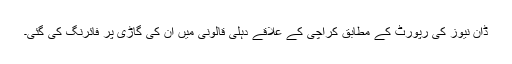
ڈان نیوز کی رپورٹ کے مطابق کراچی کے علاقے دہلی قالونی میں ان کی گاڑی پر فائرنگ کی گئی۔